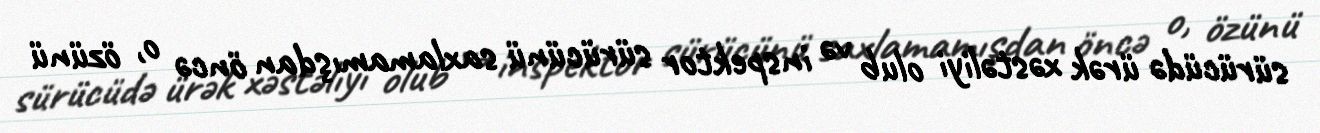
sürücüdə ürək xəstəliyi olub və inspektor sürücünü saxlamamışdan öncə o, özünü